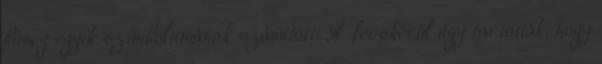
bőség egyik szimbólumának számított. A fecskéről úgy tartották, hogy